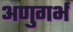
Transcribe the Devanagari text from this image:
अणुगर्भ